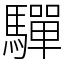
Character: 驒